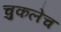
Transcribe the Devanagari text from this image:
चुकलेच